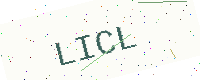
Text: LICL